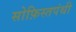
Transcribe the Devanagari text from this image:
सोफ़िस्तपंथी